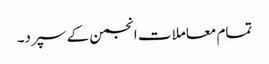
تمام معاملات انجمن کے سپرد۔